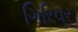
ગિરિવર